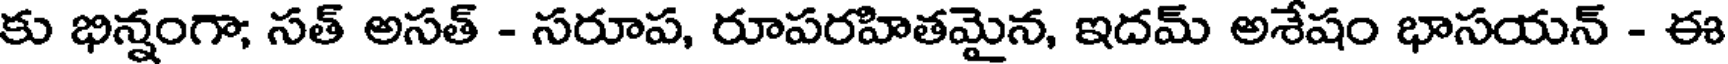
కు భిన్నంగా; సత్ అసత్ - సరూప, రూపరహితమైన, ఇదమ్ అశేషం భాసయన్ - ఈ